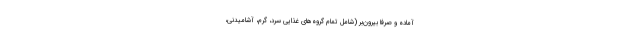
آماده و صرفاً بیرون‌بر (شامل تمام گروه‌های غذایی سرد، گرم، آشامیدنی،